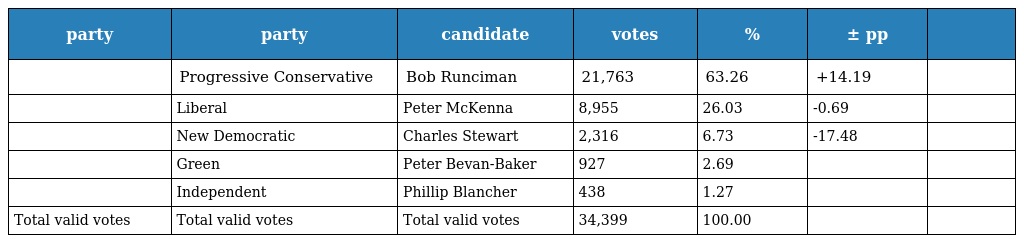
| party | party | candidate | votes | % | ± pp |  |
 | --- | --- | --- | --- | --- | --- | --- |
 |  | Progressive Conservative | Bob Runciman | 21,763 | 63.26 | +14.19 |  |
 |  | Liberal | Peter McKenna | 8,955 | 26.03 | -0.69 |  |
 |  | New Democratic | Charles Stewart | 2,316 | 6.73 | -17.48 |  |
 |  | Green | Peter Bevan-Baker | 927 | 2.69 |  |  |
 |  | Independent | Phillip Blancher | 438 | 1.27 |  |  |
 | Total valid votes | Total valid votes | Total valid votes | 34,399 | 100.00 |  |  |